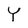
Character: Y